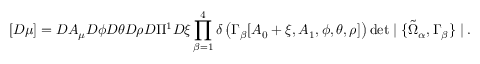
[ { \cal D } \mu ] = { \cal D } A _ { \mu } { \cal D } \phi { \cal D } \theta { \cal D } \rho { \cal D } \Pi ^ { 1 } { \cal D } \xi \prod _ { \beta = 1 } ^ { 4 } \delta \left( \Gamma _ { \beta } [ A _ { 0 } + \xi , A _ { 1 } , \phi , \theta , \rho ] \right) \operatorname * { d e t } \mid \{ \tilde { \Omega } _ { \alpha } , \Gamma _ { \beta } \} \mid .